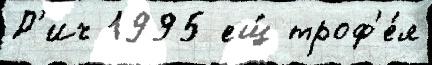
Р'ич 1995 ещ́ троф'е́я